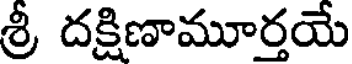
శ్రీ దక్షిణామూర్తయే